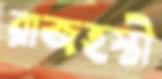
রাজহস্তী